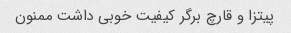
پیتزا و قارچ برگر کیفیت خوبی داشت ممنون